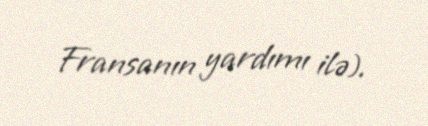
Fransanın yardımı ilə).